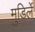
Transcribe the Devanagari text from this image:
मुडिर्ले